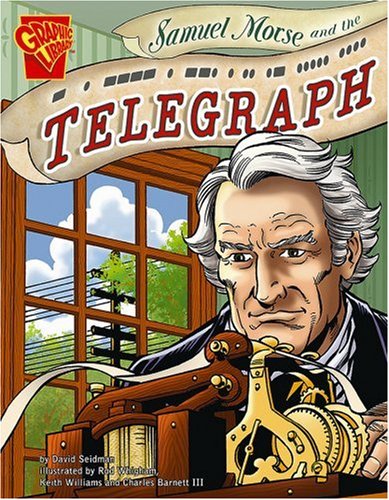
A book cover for Samuel Morse and the Telegraph (Inventions and Discovery); David Seidman; Children's Books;